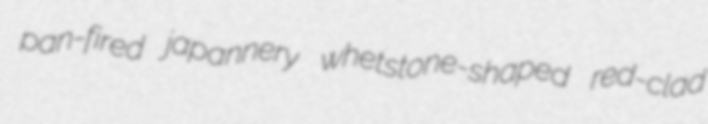
pan-fired japannery whetstone-shaped red-clad